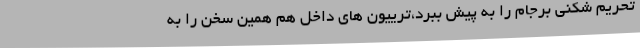
تحریم شکنی برجام را به پیش ببرد،ترییون های داخل هم همین سخن را به